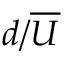
d / \overline { { U } }